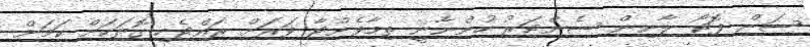
ސަން ފޮޓޯ ލާނިން ސެންޓަރު ހުންނާނީ ތިމާވެށްޓާ ވަރަށް ރައްޓެހި ގޮތަކަށް ކަމަށް